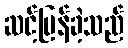
ဆင့်ပြန်ခဲ့သည်